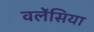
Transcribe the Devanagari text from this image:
वलेंसिया